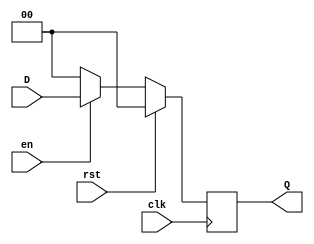
module Ej12bit(D,clk,Q,rst,en);
input wire [1:0] D;
input wire clk;
input wire rst;
input wire en;
output reg [1:0] Q;
always @(posedge clk)
begin
  if (rst == 1) begin
    Q <= 2'b00;
  end else if (rst == 0) begin
    if (en == 0) begin
      Q <= 2'b00;
    end else if (en == 1) begin
      Q <= D;
    end
  end
end
endmodule